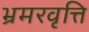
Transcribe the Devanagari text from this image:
भ्रमरवृत्ति